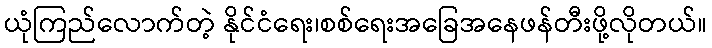
ယုံကြည်လောက်တဲ့ နိုင်ငံရေး၊စစ်ရေးအခြေအနေဖန်တီးဖို့လိုတယ်။